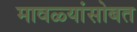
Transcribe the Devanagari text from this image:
मावळ्यांसोबत